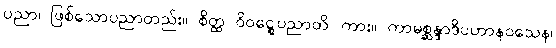
ပညာ၊ ဖြစ်သောပညာတည်း။ စိတ္ထ ဝိဝဋ္ဋေပညာတိ၊ ကား။ ကာမစ္ဆန္ဒာဒိပဟာနဝသေန၊